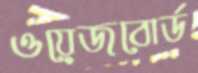
ওয়েজবোর্ড